Indian journal of veterinary science and animal husbandry - Volume 8,
Year: 1938
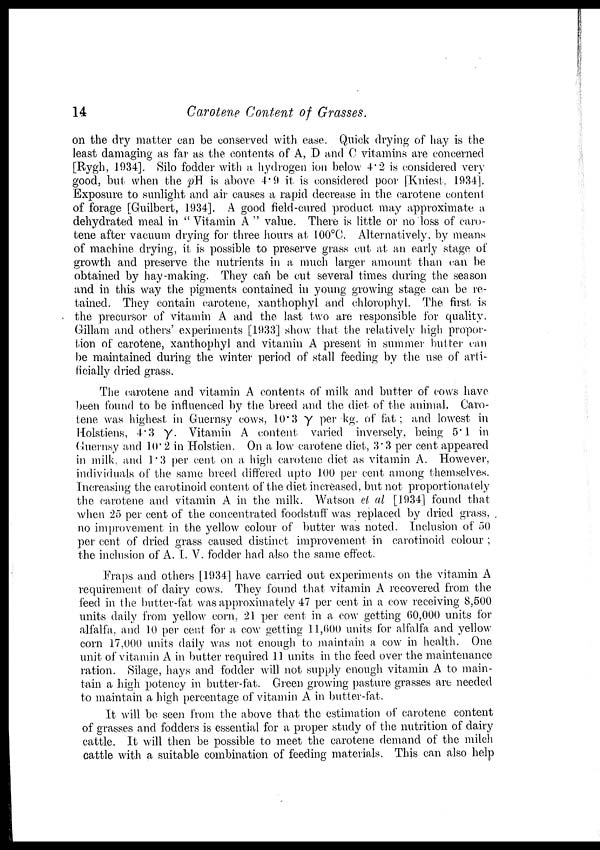
14
Carotene Content of Grasses.
on the dry matter can be conserved with ease. Quick drying of hay is the
least damaging as far as the contents of A, D and C vitamins are concerned
[Rygh, 1934]. Silo fodder with a hydrogen ion below 4.2 is considered very
good, but when the pH is above 4.9 it is considered poor [Kniest. 1934].
Exposure to sunlight and air causes a rapid decrease in the carotene content
of forage [Guilbert, 1934]. A good field-cured product may approximate a
dehydrated meal in "Vitamin A " value. There is little or no loss of caro
tene after vacuum drying for three hours at 100°C. Alternatively, by means
of machine drying, it is possible to preserve grass cut at an early stage of
growth and preserve the nutrients in a much larger amount than can be
obtained by hay-making. They can be cut several times during the season
and in this way the pigments contained in young growing stage can be re
tained. They contain carotene, xanthophyl and chlorophyl. The first is
the precursor of vitamin A and the last two are responsible for quality.
Gillam and others' experiments [1933] show that the relatively high propor
tion of carotene, xanthophyl and vitamin A present in summer butter can
be maintained during the winter period of stall feeding by the use of arti
ficially dried grass.
The carotene and vitamin A contents of milk and butter of cows have
been found to be influenced by the breed and the diet of the animal. Caro
tene was highest in Guernsy cows, 10.3γ per kg. of fat; and lowest in
Holstiens, 4.3 γ. Vitamin A content varied inversely, being 5.1 in
Guernsy and 10.2 in Holstien. On a low carotene diet, 3.3 per cent appeared
in milk, and 1.3 per cent on a high carotene diet as vitamin A. However,
individuals of the same breed differed upto 100 per cent among themselves.
Increasing the carotinoid content of the diet increased, but not proportionately
the carotene and vitamin A in the milk. Watson et al [1934] found that
when 25 per cent of the concentrated foodstuff was replaced by dried grass,
no improvement in the yellow colour of butter was noted. Inclusion of 50
per cent of dried grass caused distinct improvement in carotinoid colour ;
the inclusion of A. I. V. fodder had also the same effect.
Fraps and others [1934] have carried out experiments on the vitamin A
requirement of dairy cows. They found that vitamin A recovered from the
feed in the butter-fat was approximately 47 per cent in a cow receiving 8,500
units daily from yellow corn, 21 per cent in a cow getting 60,000 units for
alfalfa, and 10 per cent for a cow getting 11,600 units for alfalfa and yellow
corn 17,000 units daily was not enough to maintain a cow in health. One
unit of vitamin A in butter required 11 units in the feed over the maintenance
ration. Silage, hays and fodder will not supply enough vitamin A to main
tain a high potency in butter-fat. Green growing pasture grasses are needed
to maintain a high percentage of vitamin A in butter-fat.
It will be seen from the above that the estimation of carotene content
of grasses and fodders is essential for a proper study of the nutrition of dairy
cattle. It will then be possible to meet the carotene demand of the milch
cattle with a suitable combination of feeding materials. This can also help